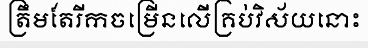
ត្រឹមតែរីកចម្រើនលើគ្រប់វិស័យនោះ